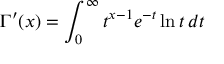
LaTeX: \Gamma ^ { \prime } ( x ) = \int _ { 0 } ^ { \infty } t ^ { x - 1 } e ^ { - t } \ln t \, d t